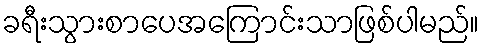
ခရီးသွားစာပေအကြောင်းသာဖြစ်ပါမည်။